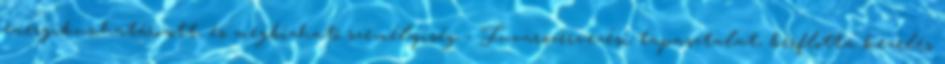
energikus,határozott, és megbízható személyiség - Fuvarszervezési tapasztalat, bérflotta kezelés